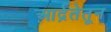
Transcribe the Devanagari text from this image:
आर्द्रतेतून